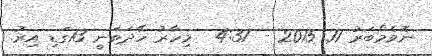
ނޮވެމްބަރު 11